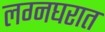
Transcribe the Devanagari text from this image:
लग्नघरात